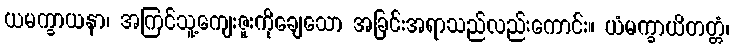
ယမက္ခာယနာ၊ အကြင်သူ့ကျေးဇူးကိုချေသော အခြင်းအရာသည်လည်းကောင်း။ ယံမက္ခာယိတတ္တံ၊